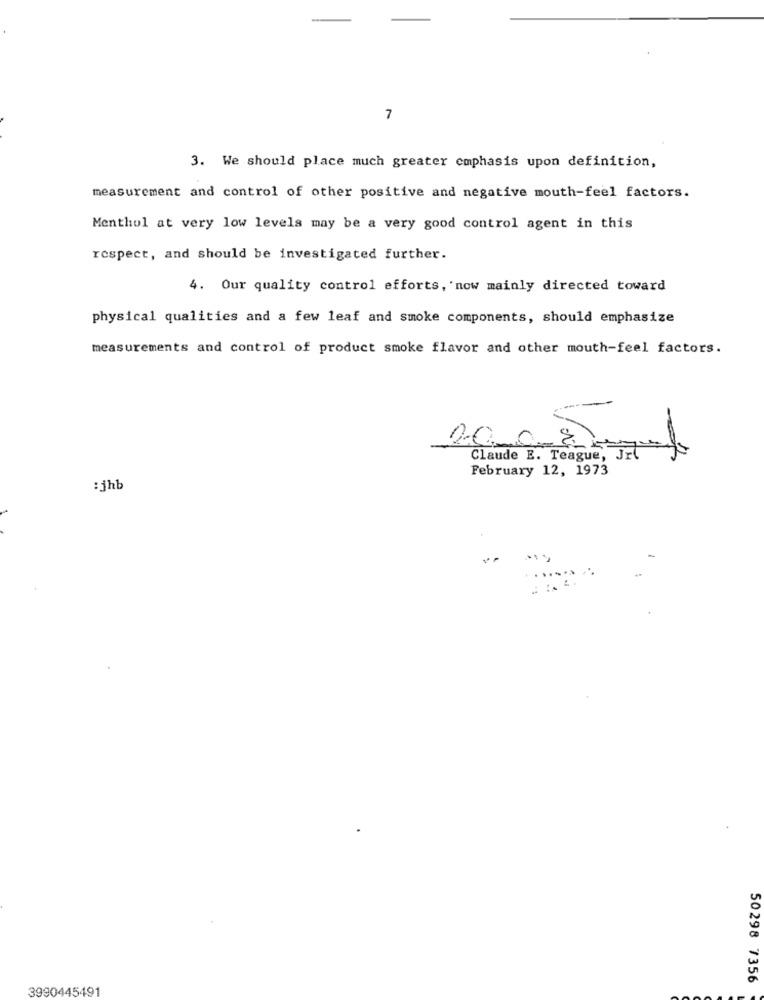
7
3. We should place much greater emphasis upon definition,
measurement and control of other positive and negative mouth-feel factors.
Menthol at very low levels may be a very good control agent in this
respect, and should be investigated further.
4. Our quality control efforts, now mainly directed toward
physical qualities and a few leaf and smoke components, should emphasize
measurements and control of product smoke flavor and other mouth-feel factors.
200-8 Pmun
Claude E. Teague, Jrl
February 12, 1973
: jhb
50298 7356
3990445491